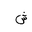
Letter: _shin